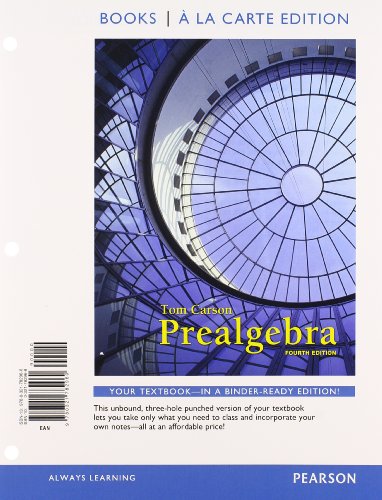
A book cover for Prealgebra, Books a la Carte Edition Plus NEW MyMathLab with Pearson eText -- Access Card Package (4th Edition); Tom Carson; Science & Math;